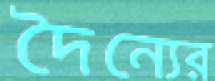
দৈন্যের